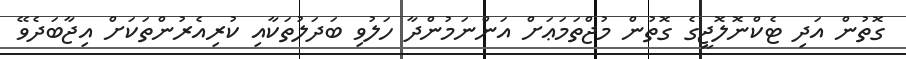
ގޮތުން އަދި ޓެކްނޮލޮޖީގެ ގޮތުން މުޖްތަމަޢަށް އަންނަމުންދާ ހަލުވި ބަދަލުތަކާއި ކުރިއެރުންތަކަށް އިޖާބަދެވޭ